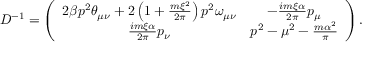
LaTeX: { \cal D } ^ { - 1 } = \left( \begin{array} { c c } { { 2 \beta p ^ { 2 } \theta _ { \mu \nu } + 2 \left( 1 + \frac { m \xi ^ { 2 } } { 2 \pi } \right) p ^ { 2 } \omega _ { \mu \nu } } } & { { - \frac { i m \xi \alpha } { 2 \pi } p _ { \mu } } } \\ { { \frac { i m \xi \alpha } { 2 \pi } p _ { \nu } } } & { { p ^ { 2 } - \mu ^ { 2 } - \frac { m \alpha ^ { 2 } } { \pi } } } \end{array} \right) .